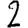
Digit: 2